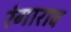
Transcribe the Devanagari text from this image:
रंगाराव